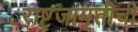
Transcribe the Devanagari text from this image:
राष्ट्रजागृतीची